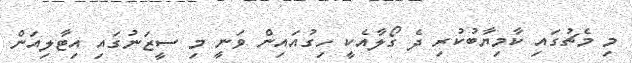
މި މެޗުގައި ކާމިޔާބުކުރި ދެ ގޯލާއެކީ ހިގުއައިން ވަނީ މި ސީޒަނުގައި އިޓާލިއަން